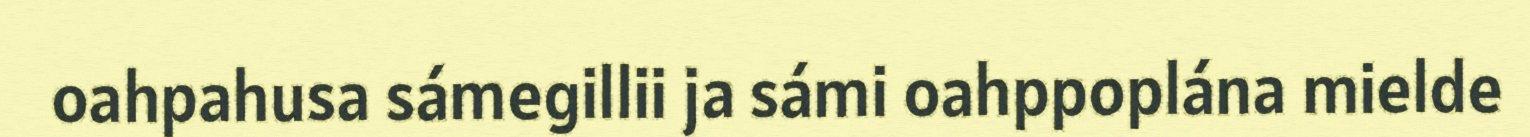
oahpahusa sámegillii ja sámi oahppoplána mielde